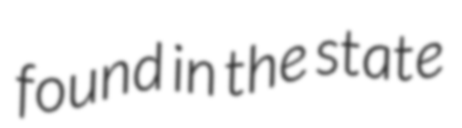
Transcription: found in the state